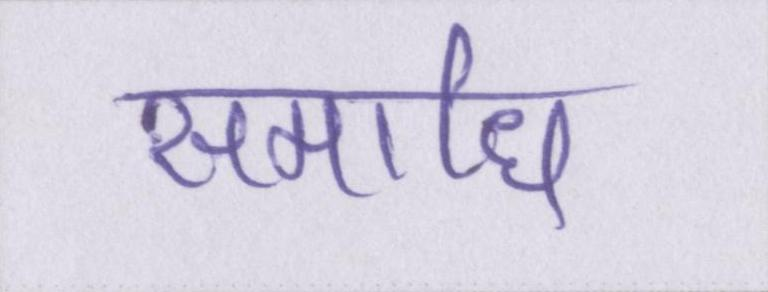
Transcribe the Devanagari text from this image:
समाधि